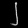
Digit: ၂